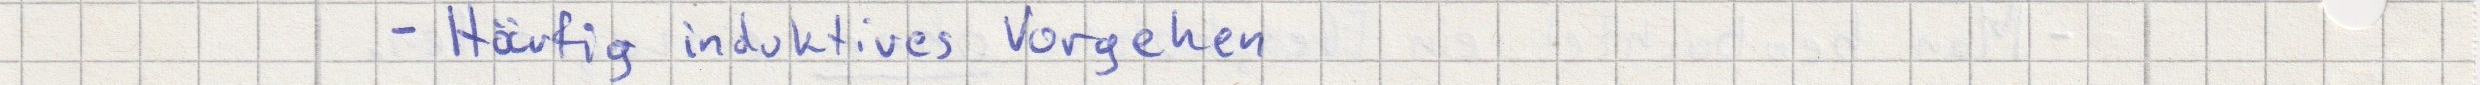
- Häufig induktives Vorgehen